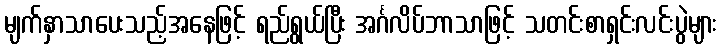
မျက်နှာသာပေးသည့်အနေဖြင့် ရည်ရွယ်ပြီး အင်္ဂလိပ်ဘာသာဖြင့် သတင်းစာရှင်းလင်းပွဲများ